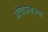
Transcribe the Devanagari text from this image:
अंत्यफलज्या